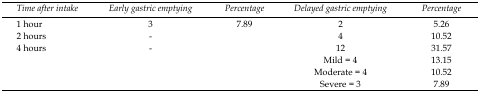
| Time after intake | Early gastric emptying | Percentage | Delayed gastric emptying | Percentage |
 | --- | --- | --- | --- | --- |
 | 1 hour | 3 | 7.89 | 2 | 5.26 |
 | 2 hours | - |  | 4 | 10.52 |
 | 4 hours | - |  | 12 | 31.57 |
 | <COLSPAN=3>  | Mild = 4 | 13.15 |
 | <COLSPAN=3>  | Moderate = 4 | 10.52 |
 | <COLSPAN=3>  | Severe = 3 | 7.89 |